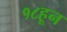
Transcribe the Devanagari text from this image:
१८हून